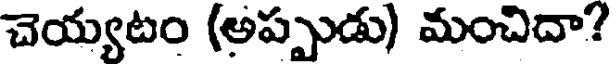
చెయ్యటం (అప్పుడు) మంచిదా?